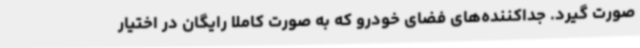
صورت گیرد. جداکننده‌های فضای خودرو که به صورت کاملا رایگان در اختیار